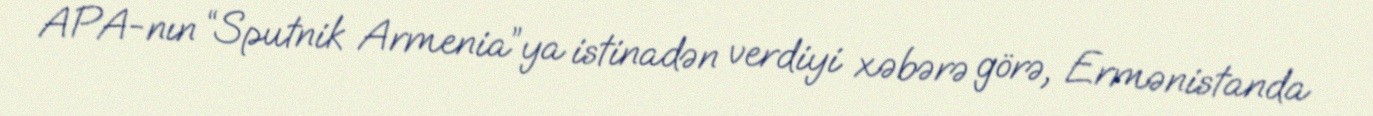
APA-nın “Sputnik Armenia”ya istinadən verdiyi xəbərə görə, Ermənistanda